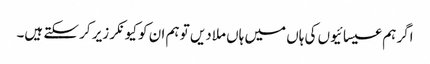
اگر ہم عیسائیوں کی ہاں میں ہاں ملادیں تو ہم ان کو کیونکر زیر کر سکتے ہیں۔